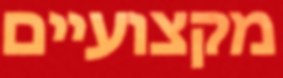
מקצועיים